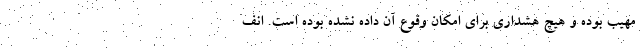
مهیب بوده و هیچ هشداری برای امکان وقوع آن داده نشده بوده است. انف